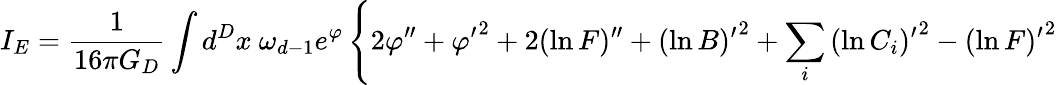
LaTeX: I_{E}={\frac{1}{16\pi G_{D}}}\int d^{D}x\ \omega_{d-1}e^{\varphi}\left\{ 2\varphi^{\prime\prime}+{\varphi^{\prime}}^{2}+2(\ln F)^{\prime\prime}+{(\ln B)^{\prime}}^{2}+\sum_{i}{(\ln C_{i})^{\prime}}^{2}-{(\ln F)^{\prime}}^{2}\right.